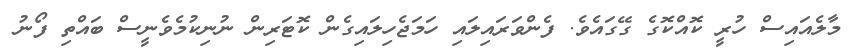
މާލެއައިސް ހުރީ ކޮއްކޮގެ ގޭގައެވެ. ފެންވަރައިލައި ހަމަޖެހިލައިގެން ކޮޓަރިން ނުނިކުމެވެނީސް ބައްތި ފޯނު